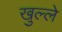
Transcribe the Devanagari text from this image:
खुल्ले